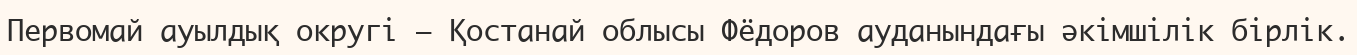
Первомай ауылдық округі – Қостанай облысы Фёдоров ауданындағы әкімшілік бірлік.